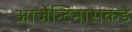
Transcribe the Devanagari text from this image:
आर्जेन्टिनासकडे